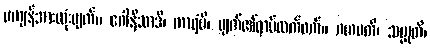
မကျန်အားလုံးပျက်။ ဂေါနိသာဒိ၊ ကာရံမိ၊ ပျက်၏ရာမ်ထက်ဝက်။ ဂဟပတိ၊ သမ္မုတိ၊